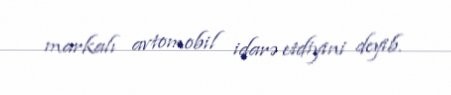
markalı avtomobil idarə etdiyini deyib.